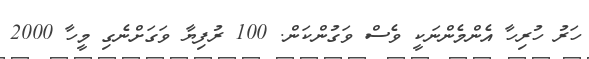
ހަރު ހުރިހާ އެންމެންނަކީ ވެސް ވަގުންކަން. 100 ރުފިޔާ ވަގަށްނެގި މީހާ 2000